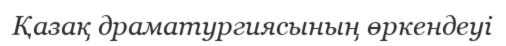
Қазақ драматургиясының өркендеуі